Indian journal of veterinary science and animal husbandry - Volume 13,
Year: 1943
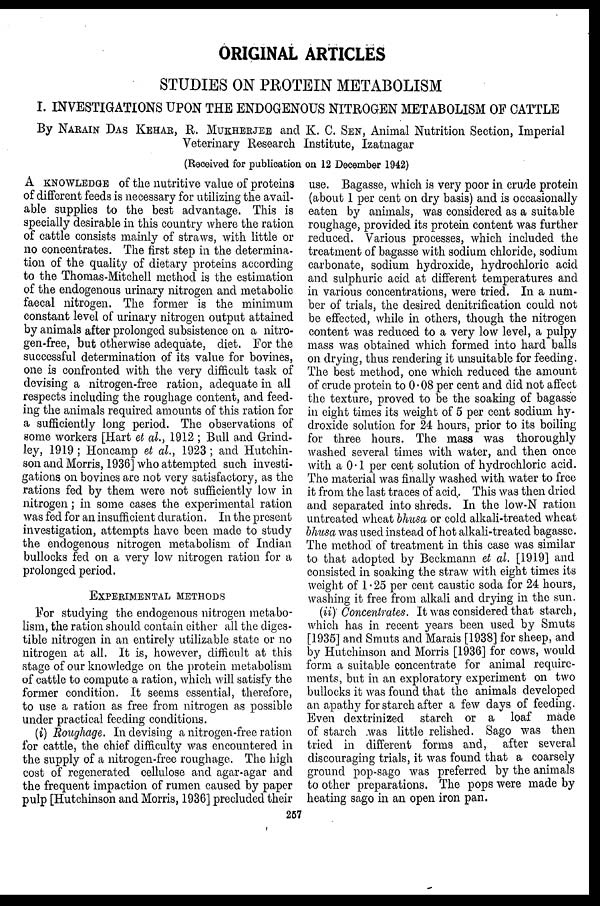
ORIGINAL ARTICLES
STUDIES ON PROTEIN METABOLISM
I. INVESTIGATIONS UPON THE ENDOGENOUS NITROGEN METABOLISM OF CATTLE
By NARAIN DAS KEHAR, R. MUKHERJEE and K. C. SEN, Animal Nutrition Section, Imperial
Veterinary Research Institute, Izatnagar
(Received for publication on 12 December 1942)
A KNOWLEDGE of the nutritive value of proteins
of different feeds is necessary for utilizing the avail-
able supplies to the best advantage. This is
specially desirable in this country where the ration
of cattle consists mainly of straws, with little or
no concentrates. The first step in the determina-
tion of the quality of dietary proteins according
to the Thomas-Mitchell method is the estimation
of the endogenous urinary nitrogen and metabolic
faecal nitrogen. The former is the minimum
constant level of urinary nitrogen output attained
by animals after prolonged subsistence on a nitro-
gen-free, but otherwise adequate, diet. For the
successful determination of its value for bovines,
one is confronted with the very difficult task of
devising a nitrogen-free ration, adequate in all
respects including the roughage content, and feed-
ing the animals required amounts of this ration for
a sufficiently long period. The observations of
some workers [Hart et al., 1912; Bull and Grind-
ley, 1919; Honcamp et al., 1923; and Hutchin-
son and Morris, 1936] who attempted such investi-
gations on bovines are not very satisfactory, as the
rations fed by them were not sufficiently low in
nitrogen; in some cases the experimental ration
was fed for an insufficient duration. In the present
investigation, attempts have been made to study
the endogenous nitrogen metabolism of Indian
bullocks fed on a very low nitrogen ration for a
prolonged period.
EXPERIMENTAL METHODS
For studying the endogenous nitrogen metabo-
lism, the ration should contain either all the diges-
tible nitrogen in an entirely utilizable state or no
nitrogen at all. It is, however, difficult at this
stage of our knowledge on the protein metabolism
of cattle to compute a ration, which will satisfy the
former condition. It seems essential, therefore,
to use a ration as free from nitrogen as possible
under practical feeding conditions.
(i) Roughage. In devising a nitrogen-free ration
for cattle, the chief difficulty was encountered in
the supply of a nitrogen-free roughage. The high
cost of regenerated cellulose and agar-agar and
the frequent impaction of rumen caused by paper
pulp [Hutchinson and Morris, 1936] precluded their
use. Bagasse, which is very poor in crude protein
(about 1 per cent on dry basis) and is occasionally
eaten by animals, was considered as a suitable
roughage, provided its protein content was further
reduced. Various processes, which included the
treatment of bagasse with sodium chloride, sodium
carbonate, sodium hydroxide, hydrochloric acid
and sulphuric acid at different temperatures and
in various concentrations, were tried. In a num-
ber of trials, the desired denitrification could not
be effected, while in others, though the nitrogen
content was reduced to a very low level, a pulpy
mass was obtained which formed into hard balls
on drying, thus rendering it unsuitable for feeding.
The best method, one which reduced the amount
of crude protein to 0.08 per cent and did not affect
the texture, proved to be the soaking of bagasse
in eight times its weight of 5 per cent sodium hy-
droxide solution for 24 hours, prior to its boiling
for three hours. The mass was thoroughly
washed several times with water, and then once
with a 0.1 per cent solution of hydrochloric acid.
The material was finally washed with water to free
it from the last traces of acid. This was then dried
and separated into shreds. In the low-N ration
untreated wheat bhusa or cold alkali-treated wheat
bhusa was used instead of hot alkali-treated bagasse.
The method of treatment in this case was similar
to that adopted by Beckmann et al. [1919] and
consisted in soaking the straw with eight times its
weight of 1.25 per cent caustic soda for 24 hours,
washing it free from alkali and drying in the sun.
(ii) Concentrates. It was considered that starch,
which has in recent years been used by Smuts
[1935] and Smuts and Marais [1938] for sheep, and
by Hutchinson and Morris [1936] for cows, would
form a suitable concentrate for animal require-
ments, but in an exploratory experiment on two
bullocks it was found that the animals developed
an apathy for starch after a few days of feeding.
Even dextrinized starch or a loaf made
of starch was little relished. Sago was then
tried in different forms and, after several
discouraging trials, it was found that a coarsely
ground pop-sago was preferred by the animals
to other preparations. The pops were made by
heating sago in an open iron pan.
257